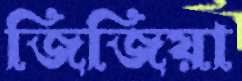
জিজিয়া